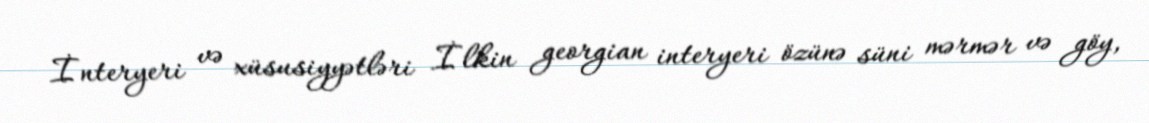
İnteryeri və xüsusiyyətləri İlkin georgian interyeri özünə süni mərmər və göy,